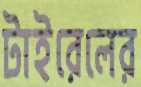
টাইরেলের